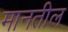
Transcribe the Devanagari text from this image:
मानतील